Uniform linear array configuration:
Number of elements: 64
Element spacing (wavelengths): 0.25
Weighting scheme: blackman
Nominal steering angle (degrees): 30
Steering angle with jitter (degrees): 29.86
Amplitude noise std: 0.05
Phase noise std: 0.05

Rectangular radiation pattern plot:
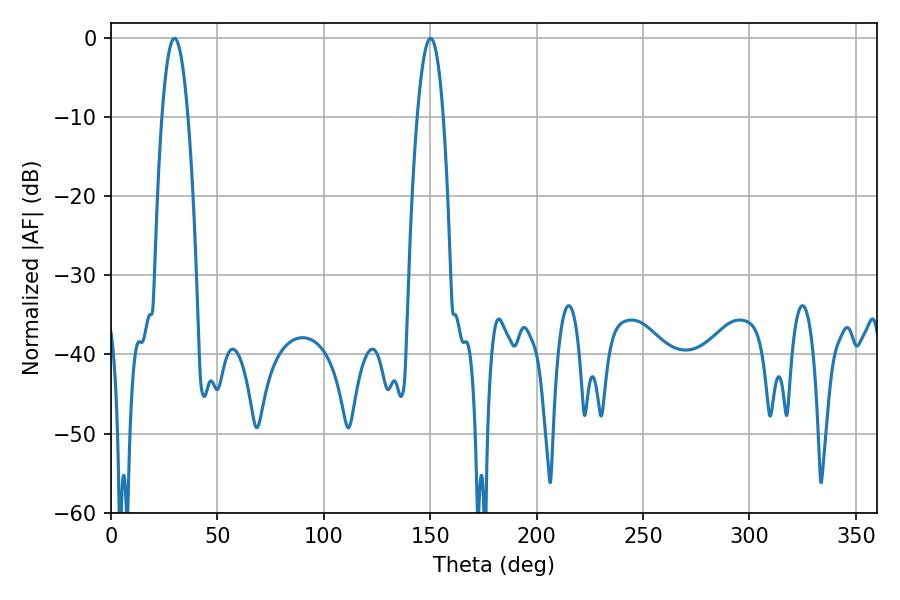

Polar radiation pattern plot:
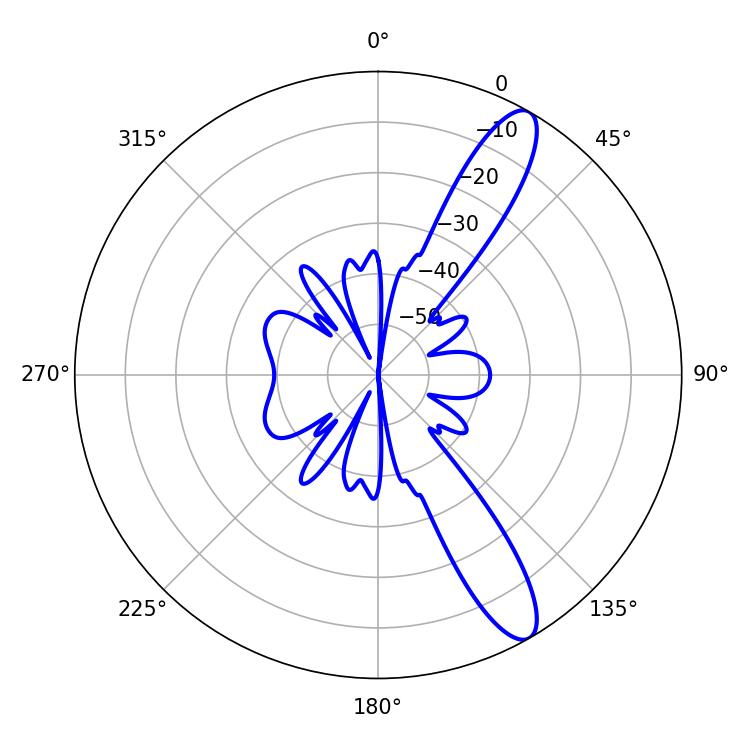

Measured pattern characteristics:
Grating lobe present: FALSE
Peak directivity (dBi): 12.001
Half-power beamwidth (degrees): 6.84
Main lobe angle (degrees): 29.88